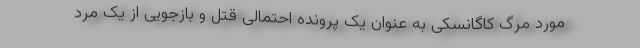
مورد مرگ کاگانسکی به عنوان یک پرونده احتمالی قتل و بازجویی از یک مرد